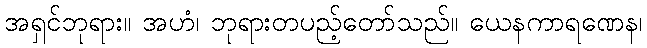
အရှင်ဘုရား။ အဟံ၊ ဘုရားတပည့်တော်သည်။ ယေနကာရဏေန၊